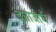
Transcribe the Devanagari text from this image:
दत्ताजीचें